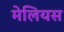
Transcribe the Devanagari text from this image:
मेलियस